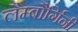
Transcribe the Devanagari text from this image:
लैम्बौर्गिनी